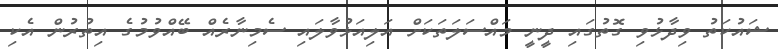
ޝައުކަތު ވިދާޅުވި ގޮތުގައި ދީނީ މައްސަލަތަކަށް އަލިއަޅުވާލައި ސެމިނާރެއް ބޭއްވުމުގެ އިތުރުން އެކި